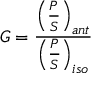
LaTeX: G = { \frac { \left( { \frac { P } { S } } \right) _ { a n t } } { \left( { \frac { P } { S } } \right) _ { i s o } } } \,